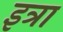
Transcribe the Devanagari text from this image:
इत्रा